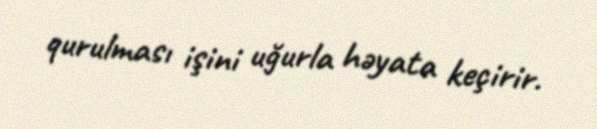
qurulması işini uğurla həyata keçirir.